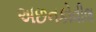
અછનકોવીલ